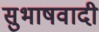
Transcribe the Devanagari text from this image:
सुभाषवादी